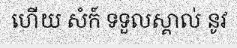
ហើយ សំក៍ ទទួលស្គាល់ នូវ